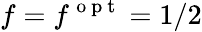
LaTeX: f=f^{\mathrm{~o~p~t~}}=1/2